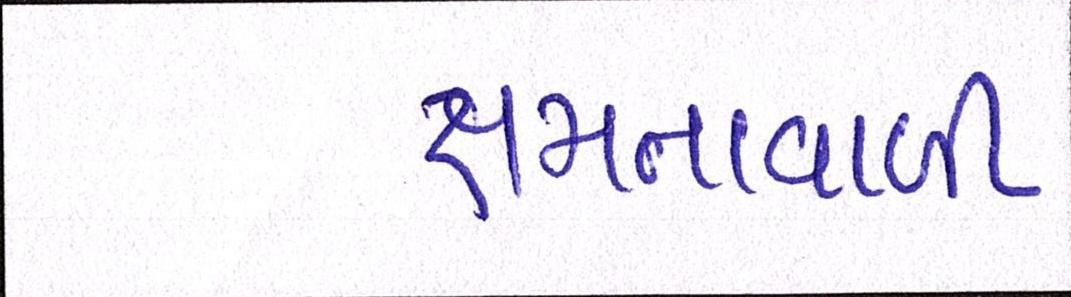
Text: ક્ષમતાવાળી